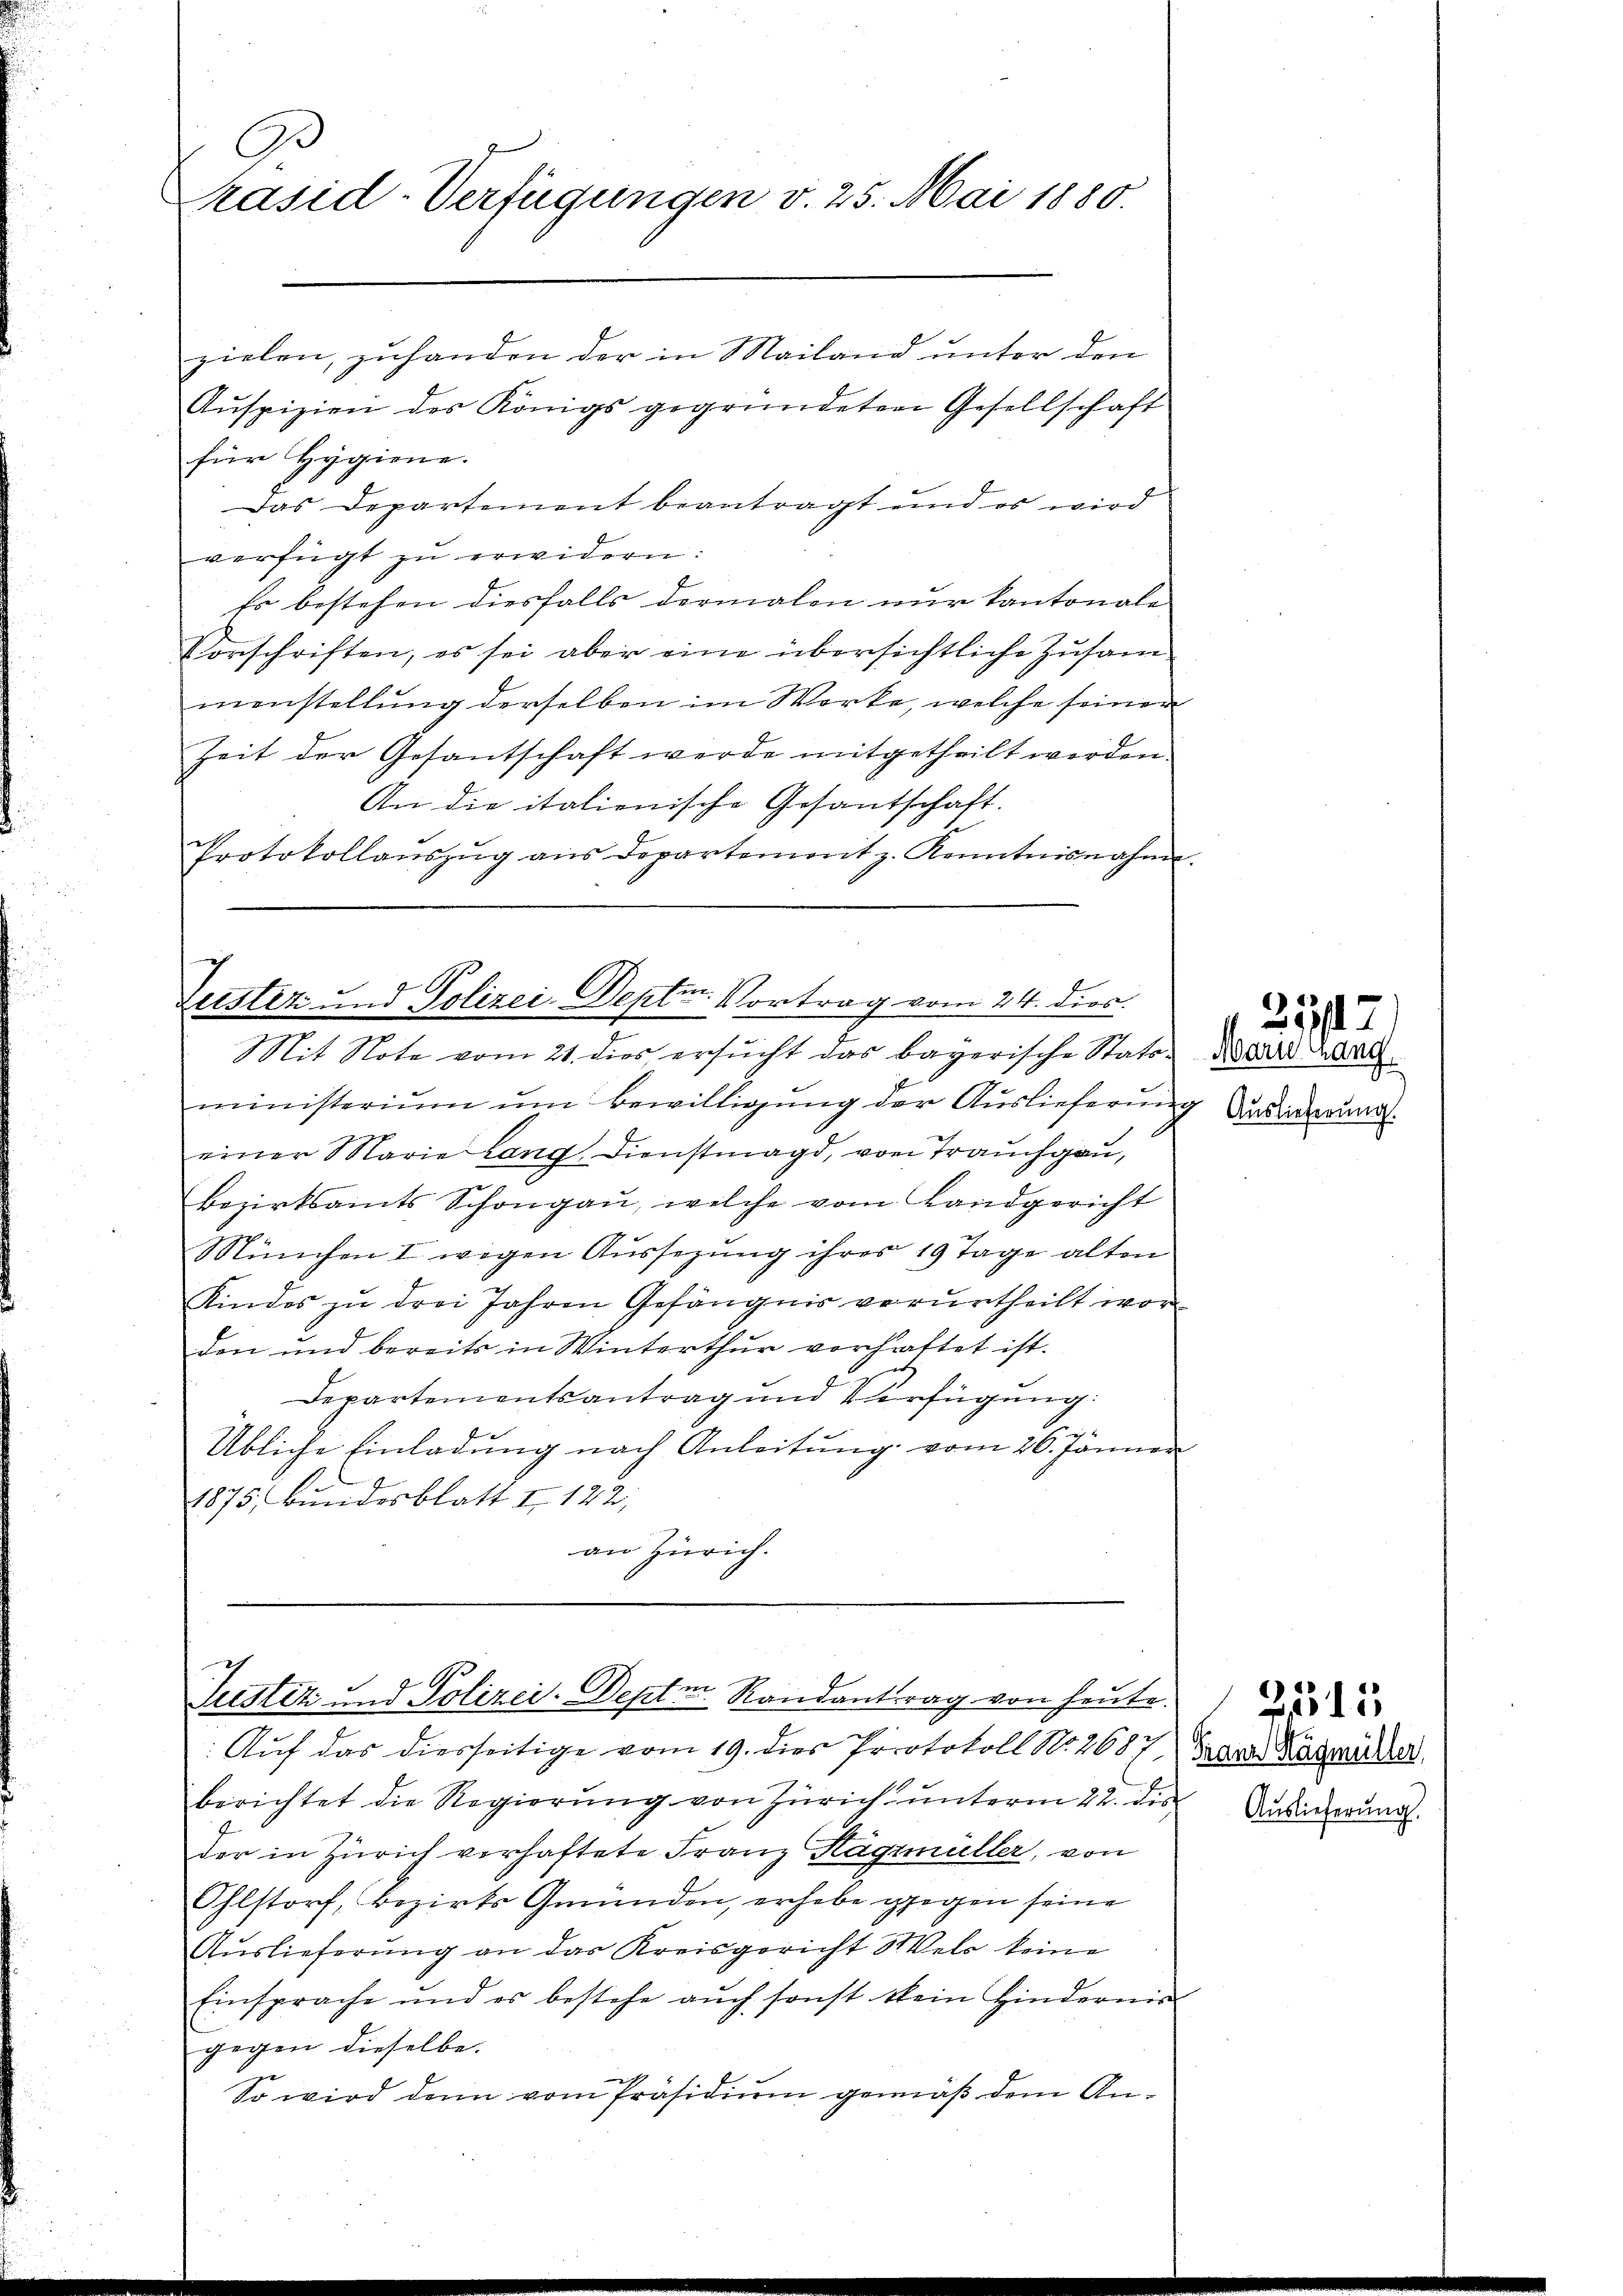
C
rasid-Verfügungen v. 25. Mai 1880.

zielen, zuhanden der in Mailand unter den
Aŭspizien des Königs gegründeten Gesellschaft
für Hygiene.
Das Departement beantragt und es wird
verfügt zu erwidern:
Es bestehen diesfalls dermalen nur kantonale
Vorschriften, es sei aber eine übersichtliche Zusam-
menstellung derselben im Werke, welche seiner
Zeit der Gesantschaft werde mitgetheilt werden.
An die italionische Gesantschaft.
Protokollaŭszŭg ans Departement z. Kenntnisnahme.

ministerium um Bewilligung der Auslieferung Ansiederung.
einer Marie lang Dienstmagd, von Trauchgau,
bezirksamts Schongaŭ, welche vom Landgericht
München I wegen Aussezung ihres 19 Tage alten
Kindes zu drei Jahren Gefängnis verurtheilt wor
den und bereits in Winterthur vorhattet ist.
Departementsantrag und Verfügung:
1
Übliche Einladŭng nach Anleitŭng vom 26. Jänner
1875, Bundesblatt II 122,
an Zürich.

7
Zeister und Polizei-Deptur. Vortrag vom 24. dies.
Mit Note vom 21. dies ersucht das bayerische Stats¬

Justiz und Polizei-Deptm. Randantrag von heute.

Auf das diesseitige vom 19. dies Protokoll N. 2687) Franz Kasmörder
berichtet die Regierung von Zürich unterm 22. des
der in Zürich verhaftete Franz Hägimüller, von
Ohlstorf, bezirks Gmünden, erhebe gegen seine
Auslieferung an das Kreisgericht Wels keine
Einsprache und es bestehe aŭch sonst kein Hindernia
gegen dieselbe.
So wird dann vom Präsidium gemäß dem An¬

. 232
Marie hang

Auslieferung.

2315